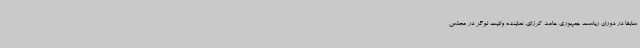
سابقا در دوران ریاست جمهوری حامد کرزای، نماینده ولایت لوگر در مجلس